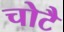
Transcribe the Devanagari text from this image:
चोटै